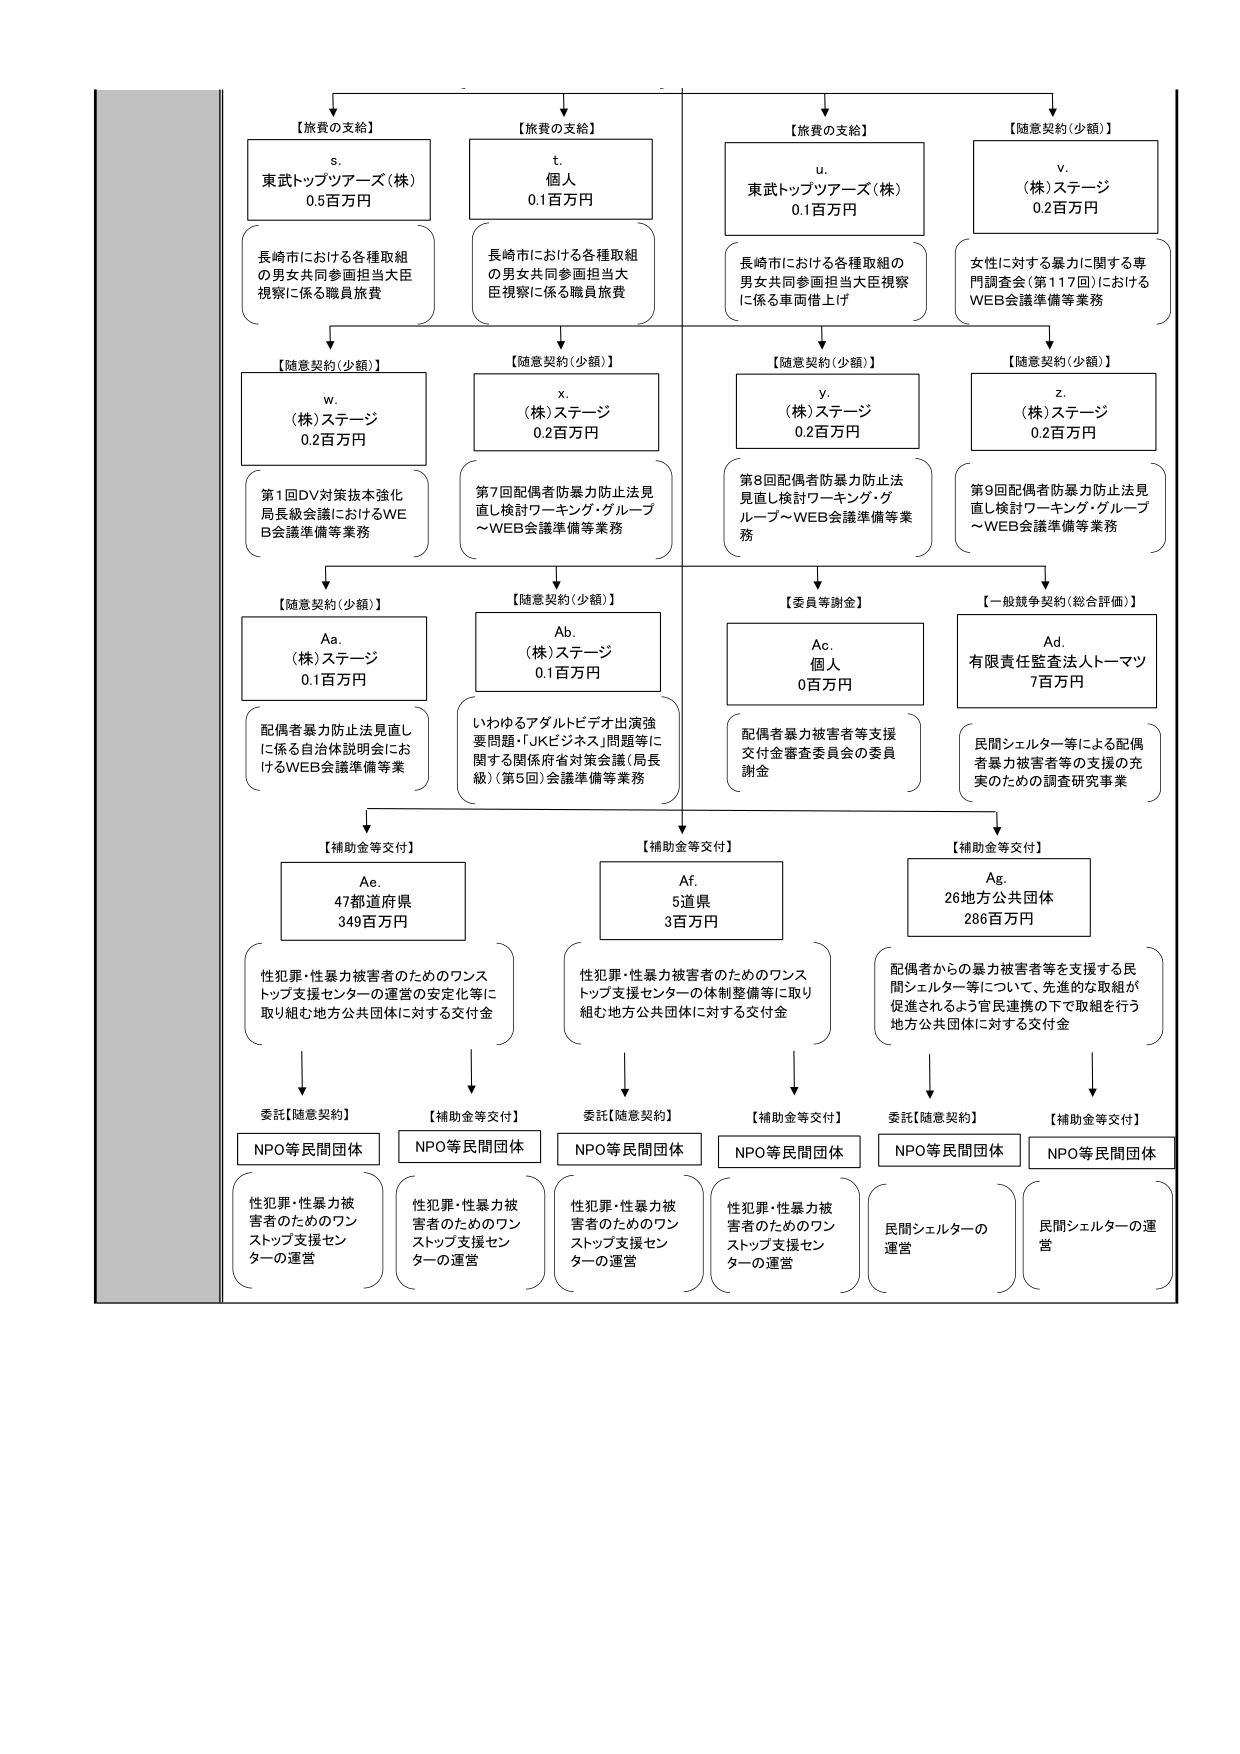
【旅費の支給】
s. 東武トップツアーズ（株） 0.5百万円
長崎市における各種取組の男女共同参画担当大臣視察に係る職員旅費

【旅費の支給】
t. 個人 0.1百万円
長崎市における各種取組の男女共同参画担当大臣視察に係る職員旅費

【旅費の支給】
u. 東武トップツアーズ（株） 0.1百万円
長崎市における各種取組の男女共同参画担当大臣視察に係る車両借上げ

【随意契約（少額）】
v. （株）ステージ 0.2百万円
女性に対する暴力に関する専門調査会（第117回）におけるWEB会議準備等業務

【随意契約（少額）】
w. （株）ステージ 0.2百万円
第1回DV対策技術強化局長級会議におけるWEB会議準備等業務

【随意契約（少額）】
x. （株）ステージ 0.2百万円
第7回配偶者防暴力防止法見直し検討ワーキング・グループ～WEB会議準備等業務

【随意契約（少額）】
y. （株）ステージ 0.2百万円
第8回配偶者防暴力防止法見直し検討ワーキング・グループ～WEB会議準備等業務

【随意契約（少額）】
z. （株）ステージ 0.2百万円
第9回配偶者防暴力防止法見直し検討ワーキング・グループ～WEB会議準備等業務

【随意契約（少額）】
Aa. （株）ステージ 0.1百万円
配偶者暴力防止法見直しに係る自治体説明会におけるWEB会議準備等業務

【随意契約（少額）】
Ab. （株）ステージ 0.1百万円
いわゆるアダルトビデオ出演強要問題・「JKビジネス」問題等に関する関係府省対策会議（局長級）（第5回）会議準備等業務

【委員等謝金】
Ac. 個人 0百万円
配偶者暴力被害者等支援交付金審査委員会の委員謝金

【一般競争契約（総合評価）】
Ad. 有限責任監査法人トーマツ 7百万円
民間シェルター等による配偶者暴力被害者等の支援の充実のための調査研究事業

【補助金等交付】
Ae. 47都道府県 349百万円
性犯罪・性暴力被害者のためのワンストップ支援センターの運営の安定化等に取り組む地方公共団体に対する交付金

【補助金等交付】
Af. 5道県 3百万円
性犯罪・性暴力被害者のためのワンストップ支援センターの体制整備等に取り組む地方公共団体に対する交付金

【補助金等交付】
Ag. 26地方公共団体 286百万円
配偶者からの暴力被害者等を支援する民間シェルター等について、先進的な取組が促進されるよう官民連携の下で取組を行う地方公共団体に対する交付金

委託【随意契約】
NPO等民間団体
性犯罪・性暴力被害者のためのワンストップ支援センターの運営

【補助金等交付】
NPO等民間団体
性犯罪・性暴力被害者のためのワンストップ支援センターの運営

委託【随意契約】
NPO等民間団体
性犯罪・性暴力被害者のためのワンストップ支援センターの運営

【補助金等交付】
NPO等民間団体
性犯罪・性暴力被害者のためのワンストップ支援センターの運営

委託【随意契約】
NPO等民間団体
民間シェルターの運営

【補助金等交付】
NPO等民間団体
民間シェルターの運営